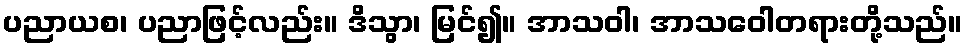
ပညာယစ၊ ပညာဖြင့်လည်း။ ဒိသွာ၊ မြင်၍။ အာသဝါ၊ အာသဝေါတရားတို့သည်။